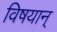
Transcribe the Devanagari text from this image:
विषयान्